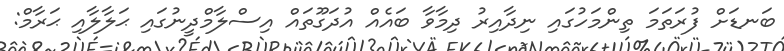
ބަނޑަށް ފުރަތަމަ ތިންމަހުގައި ނިދާއިރު ދިމާވާ ބައެއް އުދަގޫތައް އިސްލާމްދީނުގައި ޙަލާލާއި ޙަރާމް: